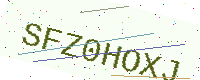
Text: SFZ0HOXJ